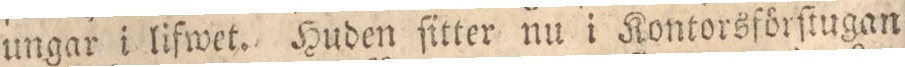
ungar i lifwet. Huden ſitter nu i Kontorsförſtugan